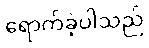
ရောက်ခဲ့ပါသည်